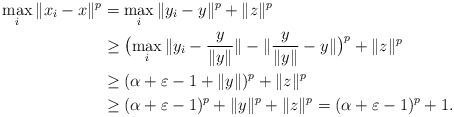
\begin{align*} \max_i\|x_i - x\|^p &= \max_i \|y_i-y\|^p + \|z\|^p \\ &\ge \bigl(\max_i \|y_i-\frac{y}{\|y\|}\| - \| \frac{y}{\|y\|} - y\| \bigr)^p + \|z\|^p \\ &\ge (\alpha + \varepsilon - 1 + \|y\| )^p + \|z\|^p \\ &\ge (\alpha+\varepsilon-1)^p + \|y\|^p + \|z\|^p = (\alpha+\varepsilon-1)^p + 1. \end{align*}